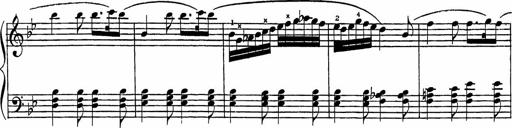
Title: Song of the River
Composer: Frederick Henry Pease